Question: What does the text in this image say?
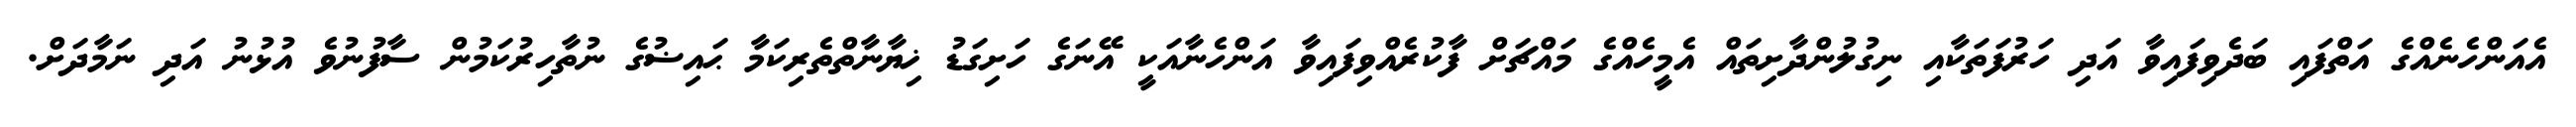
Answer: އެއަންހެނެއްގެ އަތްފައި ބަދެވިފައިވާ އަދި ހަރުފަތަކާއި ނިގުލުންދާށިތައް އެމީހެއްގެ މައްޗަށް ފާކުރެއްވިފައިވާ އަންހެނާއަކީ އޭނަގެ ހަށިގަޑު ޚިޔާނާތްތެރިކަމާ ޙައިޟުގެ ނުތާހިރުކަމުން ސާފުނުވެ އުޅުނު އަދި ނަމާދަށް.